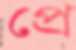
প্রে